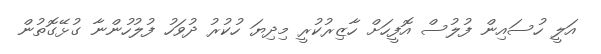
އަލީ ހުސައިން ފުލުސް އޮފީހަށް ހާޒިރުކުރީ މިދިޔަ ހުކުރު ދުވަހު ފުލުހުންނާ ގުޅޭގޮތުން